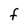
Character: F